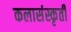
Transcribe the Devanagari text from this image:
कलासंस्कृती